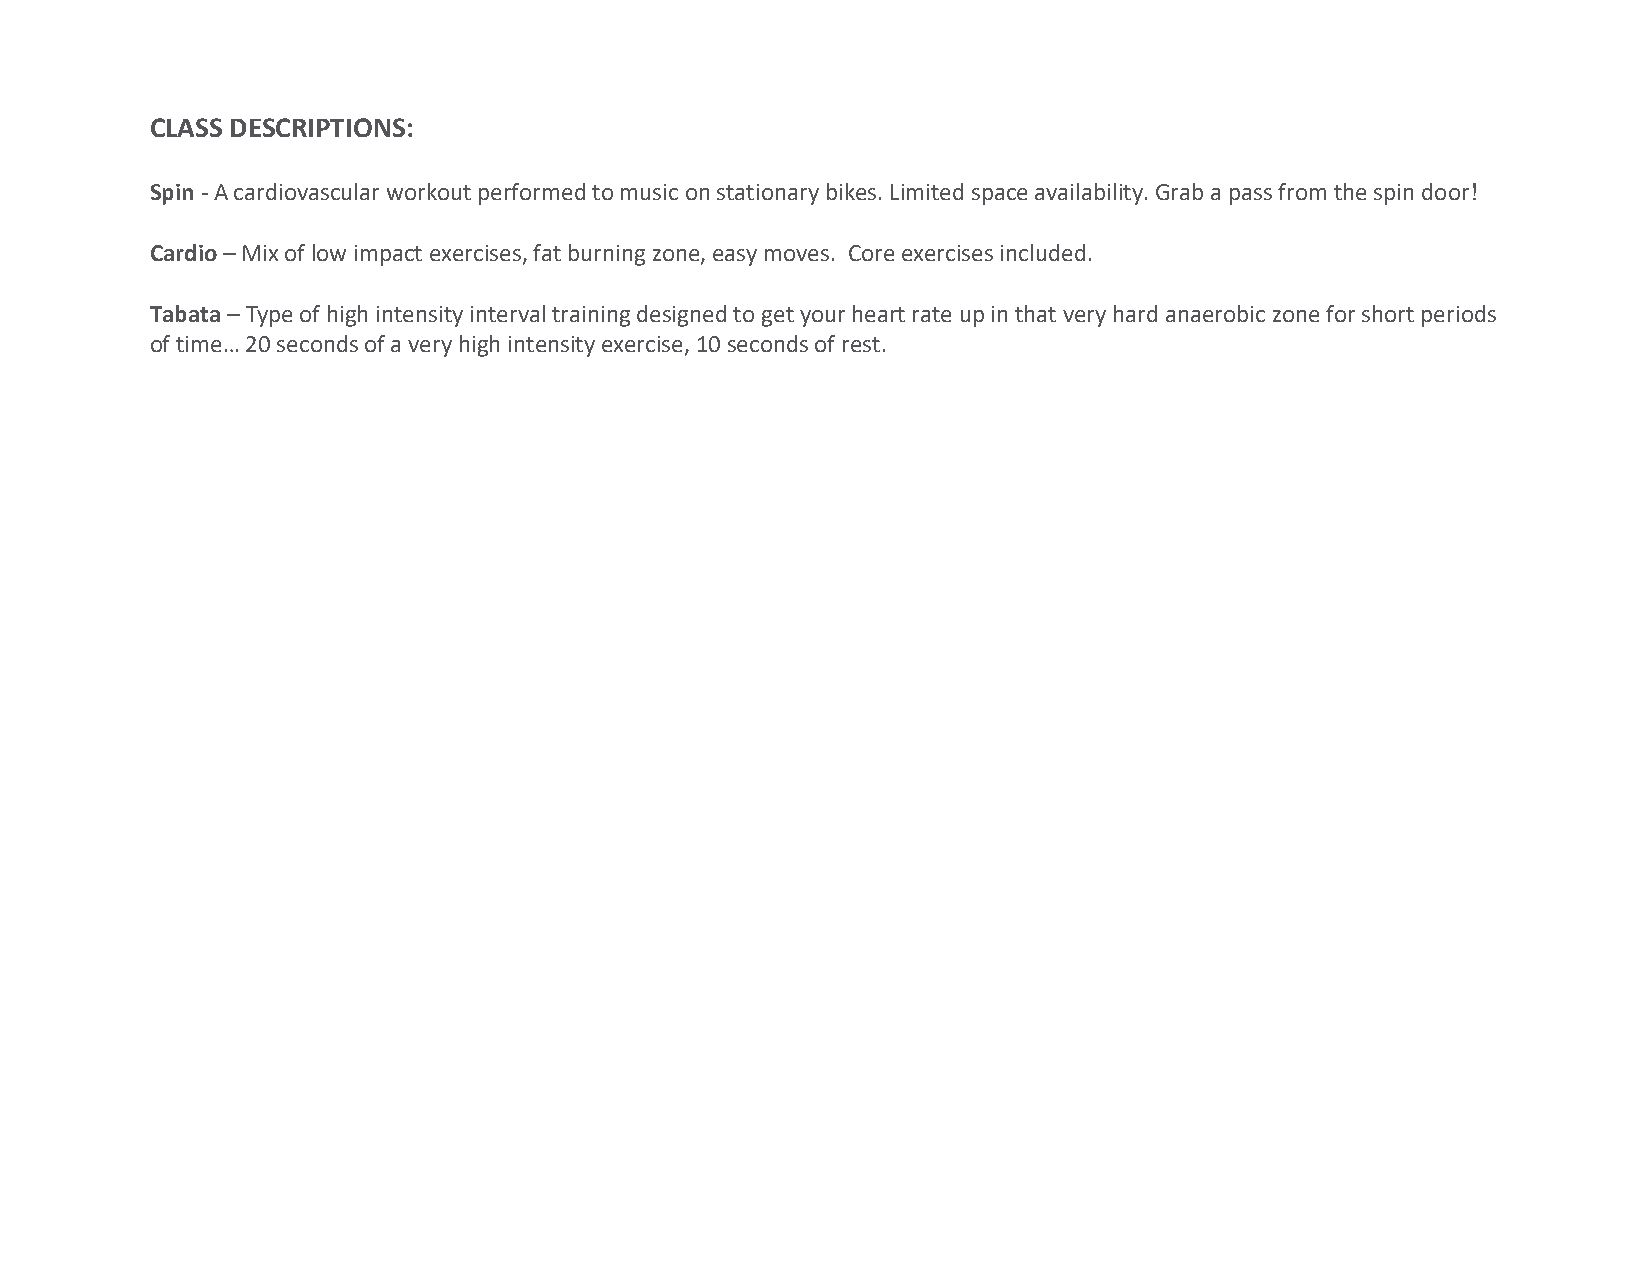
CLASS DESCRIPTIONS:
 Spin - A cardiovascular workout performed to music on stationary bikes. Limited space availability. Grab a pass from the spin door!
 Cardio – Mix of low impact exercises, fat burning zone, easy moves. Core exercises included.
 Tabata – Type of high intensity interval training designed to get your heart rate up in that very hard anaerobic zone for short periods
 of time… 20 seconds of a very high intensity exercise, 10 seconds of rest.